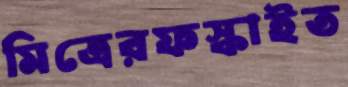
মিত্রেরফস্‌কাইত